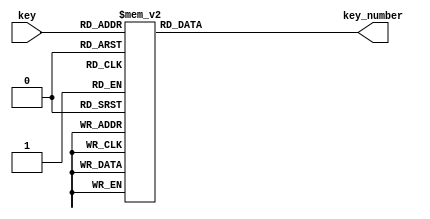
// Key decoder

`timescale 1ns / 1ns // `timescale time_unit/time_precision

module key_decoder(
    input [3:0] key,
    output reg [3:0] key_number
    );

    always @(*)
    begin
        case (key)
            4'b0000: key_number <= 4'd0;
            4'b0001: key_number <= 4'd1;
            4'b0010: key_number <= 4'd2;
            4'b0100: key_number <= 4'd3;
            4'b0101: key_number <= 4'd4;
            4'b0110: key_number <= 4'd5;
            4'b1000: key_number <= 4'd6;
            4'b1001: key_number <= 4'd7;
            4'b1010: key_number <= 4'd8;
            default: key_number <= 4'd15;  // This key doesn't exist
        endcase
    end
endmodule